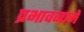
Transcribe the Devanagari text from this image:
प्रभावनामे